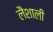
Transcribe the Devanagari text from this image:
लैशाली